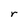
Character: r